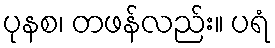
ပုနစ၊ တဖန်လည်း။ ပရံ